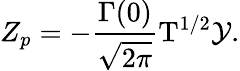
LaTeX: {Z_{p}}=-{\frac{\Gamma(0)}{\sqrt{2\pi}}}{{\mathrm{T}}^{1/2}}\mathcal{Y}.